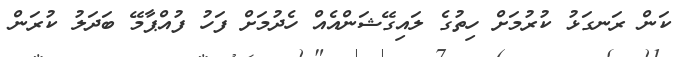
ކަން ރަނގަޅު ކުރުމަށް ހިތުގެ ލައިގޭޝަންއެއް ހެދުމަށް ފަހު ފުއްޕާމޭ ބަދަލު ކުރަން